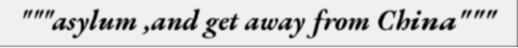
"""asylum ,and get away from China"""